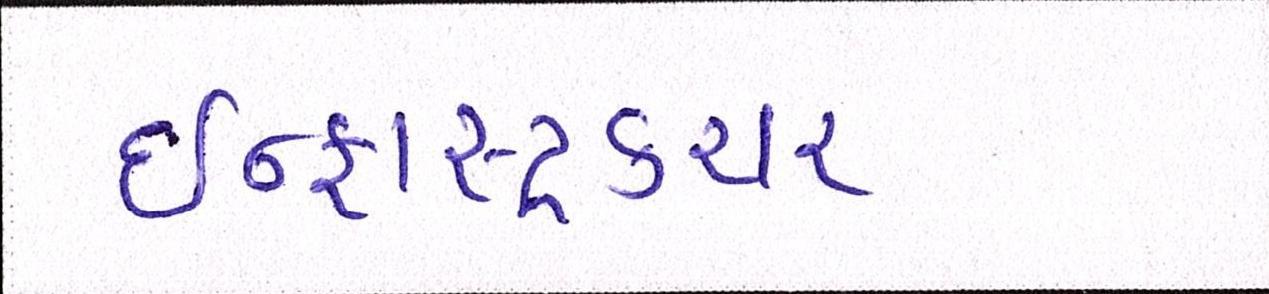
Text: ઇન્ફ્રાસ્ટ્રકચર